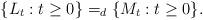
LaTeX: \begin{align*}\{L_t: t \ge 0 \}=_d \{M_t: t \ge 0 \}.\end{align*}